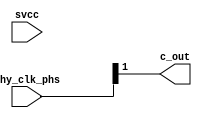
// SPDX-License-Identifier: Apache-2.0
// Copyright (C) 2019 Intel Corporation. All rights reserved

module io_min_interp_mux (

input      [3:0] phy_clk_phs, // half of 8 phase 1.6GHz clock
input            svcc,        // for soft tie high
output           c_out        // 1 of the 3 output phases
);

`ifdef TIMESCALE_EN
                timeunit 1ps;
                timeprecision 1ps;
`endif

parameter  INVERTER_DELAY = 15;
parameter  FINGER_DELAY   = 45;

wire  out_vl;

//--------------------------------------------------------------------------------------------------
//  Finger Mux delay for phs[0]
//--------------------------------------------------------------------------------------------------

assign #FINGER_DELAY out_vl = phy_clk_phs[1];
assign #(2 * INVERTER_DELAY) c_out = out_vl;

endmodule